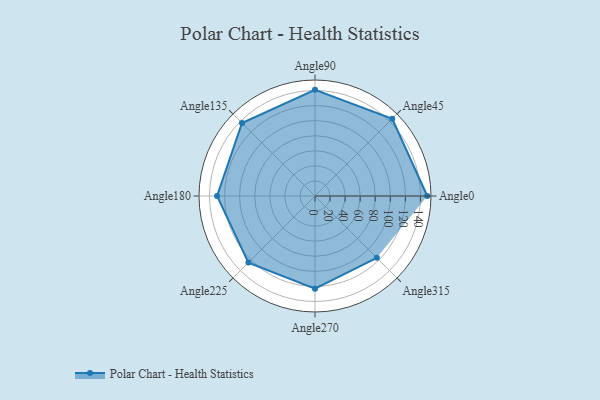
{"axis": {"x": "Angle", "y": "Radius"}, "legend": [""], "data": [{"x": "Angle0", "y": 149.0, "type": ""}, {"x": "Angle45", "y": 145.0, "type": ""}, {"x": "Angle90", "y": 141.0, "type": ""}, {"x": "Angle135", "y": 137.0, "type": ""}, {"x": "Angle180", "y": 130.0, "type": ""}, {"x": "Angle225", "y": 125.0, "type": ""}, {"x": "Angle270", "y": 123.0, "type": ""}, {"x": "Angle315", "y": 116.0, "type": ""}]}